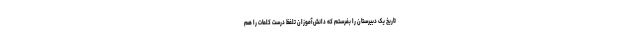
تاریخ یک دبیرستان را بفرستم که دانش‌آموزان تلفظ درست کلمات را هم